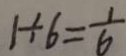
1 \div 6 = \frac { 1 } { 6 }